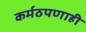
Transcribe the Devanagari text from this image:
कर्मठपणाही